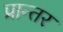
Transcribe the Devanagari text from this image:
प्रान्तर